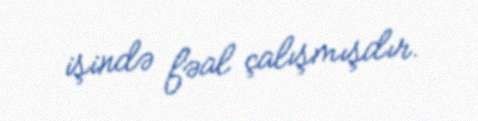
işində fəal çalışmışdır.